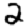
Digit: 2